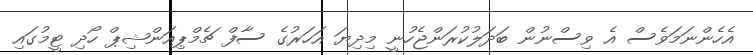
އެހެންނަމަވެސް އެ ވިސްނުން ބަދަލުކުރަންޖެހުނީ މިދިޔަ އަހަރުގެ ސާފް ޗެމްޕިއަންޝިޕް ހޯދި ޓީމުގައި